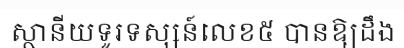
ស្ថានីយទូរទស្សន៍លេខ៥ បានឱ្យដឹង